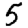
Digit: 5